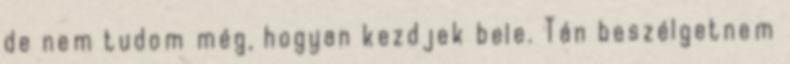
de nem tudom még, hogyan kezdjek bele. Tán beszélgetnem